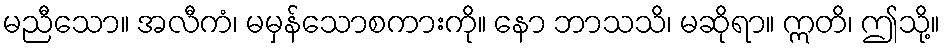
မညီသော။ အလီကံ၊ မမှန်သောစကားကို။ နော ဘာသသိ၊ မဆိုရာ။ ဣတိ၊ ဤသို့။